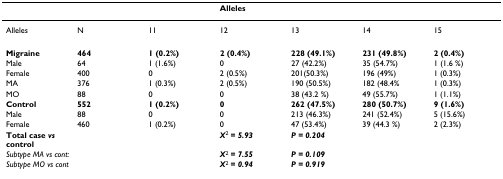
|  |  |  | Alleles |  |  |  |
 | --- | --- | --- | --- | --- | --- | --- |
 | Alleles | N | 11 | 12 | 13 | 14 | 15 |
 | Migraine | 464 | 1 (0.2%) | 2 (0.4%) | 228 (49.1%) | 231 (49.8%) | 2 (0.4%) |
 | Male | 64 | 1 (1.6%) | 0 | 27 (42.2%) | 35 (54.7%) | 1 (1.6 %) |
 | Female | 400 | 0 | 2 (0.5%) | 201(50.3%) | 196 (49%) | 1 (0.3%) |
 | MA | 376 | 1 (0.3%) | 2 (0.5%) | 190 (50.5%) | 182 (48.4% | 1 (0.3%) |
 | MO | 88 | 0 | 0 | 38 (43.2 %) | 49 (55.7%) | 1 (1.1%) |
 | Control | 552 | 1 (0.2%) | 0 | 262 (47.5%) | 280 (50.7%) | 9 (1.6%) |
 | Male | 88 | 0 | 0 | 213 (46.3%) | 241 (52.4%) | 5 (15.6%) |
 | Female | 460 | 1 (0.2%) | 0 | 47 (53.4%) | 39 (44.3 %) | 2 (2.3%) |
 | Total case vs control |  |  | X2 = 5.93 | P = 0.204 |  |  |
 | Subtype MA vs cont: |  |  | X2 = 7.55 | P = 0.109 |  |  |
 | Subtype MO vs cont |  |  | X2 = 0.94 | P = 0.919 |  |  |